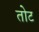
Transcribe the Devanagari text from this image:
तोट